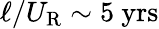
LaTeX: \ell/U_{\mathrm{R}}\sim 5~\mathrm{yrs}